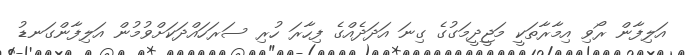
އަލިފާން ރޯވި އިމާރާތަކީ މަޖީދީމަގުގެ ގިނަ އަދަދެއްގެ ފިހާރަ ހުރި ސަރަހައްދަކަށްވުމުން އަލިފާންގަނޑު